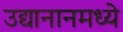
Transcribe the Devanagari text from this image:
उद्यानानमध्ये